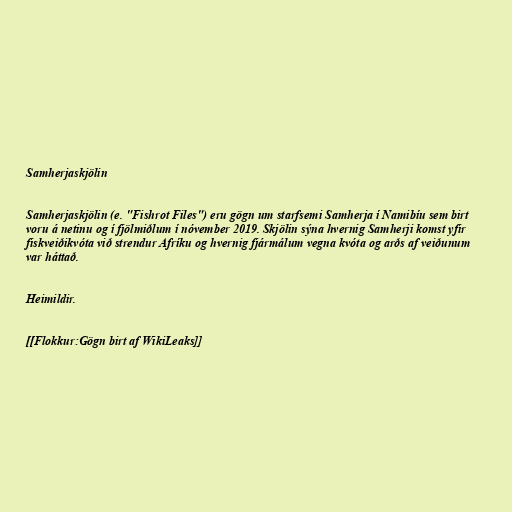
Samherjaskjölin

Samherjaskjölin (e. "Fishrot Files") eru gögn um starfsemi Samherja í Namibíu sem birt
voru á netinu og í fjölmiðlum í nóvember 2019. Skjölin sýna hvernig Samherji komst yfir
fiskveiðikvóta við strendur Afríku og hvernig fjármálum vegna kvóta og arðs af veiðunum
var háttað.

Heimildir.

[[Flokkur:Gögn birt af WikiLeaks]]